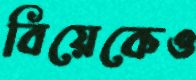
বিয়েকেও